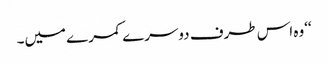
‘‘وہ اس طرف دوسرے کمرے میں۔